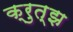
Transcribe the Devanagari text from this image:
क्रुत्झ